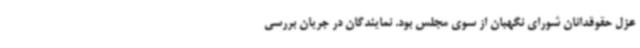
عزل حقوقدانان شورای نگهبان از سوی مجلس بود. نمایندگان در جریان بررسی